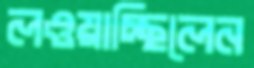
লওয়াচ্ছিলেন